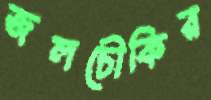
জলচৌকির